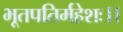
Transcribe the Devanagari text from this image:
भूतपतिर्महेशः।।